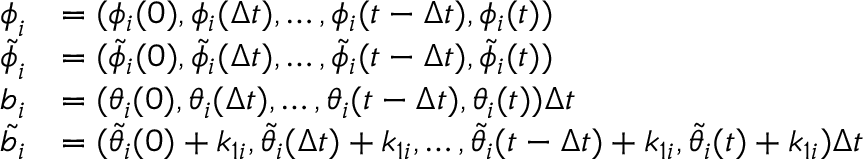
\begin{array} { r l } { \boldsymbol { \phi } _ { i } } & { = ( \phi _ { i } ( 0 ) , \phi _ { i } ( \Delta t ) , \dots , \phi _ { i } ( t - \Delta t ) , \phi _ { i } ( t ) ) } \\ { \boldsymbol { \tilde { \phi } } _ { i } } & { = ( \tilde { \phi } _ { i } ( 0 ) , \tilde { \phi } _ { i } ( \Delta t ) , \dots , \tilde { \phi } _ { i } ( t - \Delta t ) , \tilde { \phi } _ { i } ( t ) ) } \\ { \boldsymbol { b } _ { i } } & { = ( \theta _ { i } ( 0 ) , \theta _ { i } ( \Delta t ) , \dots , \theta _ { i } ( t - \Delta t ) , \theta _ { i } ( t ) ) \Delta t } \\ { \boldsymbol { \tilde { b } } _ { i } } & { = ( \tilde { \theta } _ { i } ( 0 ) + k _ { 1 i } , \tilde { \theta } _ { i } ( \Delta t ) + k _ { 1 i } , \dots , \tilde { \theta } _ { i } ( t - \Delta t ) + k _ { 1 i } , \tilde { \theta } _ { i } ( t ) + k _ { 1 i } ) \Delta t } \end{array}